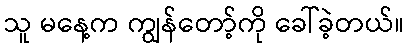
သူ မနေ့က ကျွန်တော့်ကို ခေါ်ခဲ့တယ်။